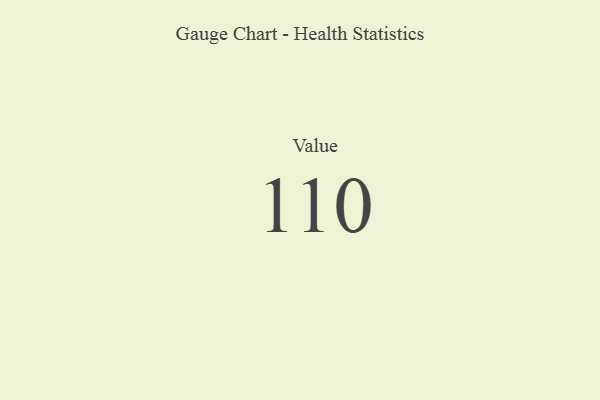
{"axis": {"x": "Metric", "y": "Value"}, "legend": [""], "data": [{"x": "Value", "y": 110, "type": ""}]}